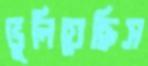
ভুলিয়েছিস